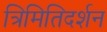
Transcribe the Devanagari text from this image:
त्रिमितिदर्शन